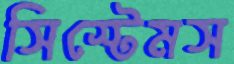
সিস্টেমস